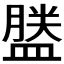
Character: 𪾕